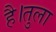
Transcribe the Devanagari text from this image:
है।तुला